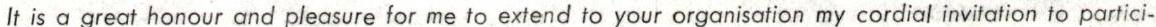
It is a great honour and pleasure for me to extend to your organisation my cordial invitation to partici-